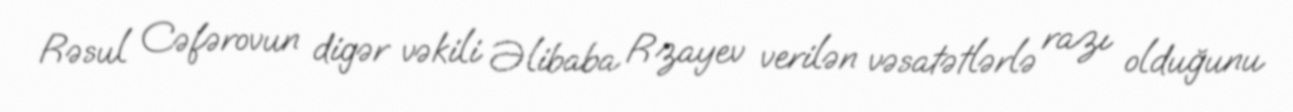
Rəsul Cəfərovun digər vəkili Əlibaba Rzayev verilən vəsatətlərlə razı olduğunu